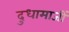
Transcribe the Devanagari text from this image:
दुधामाजीं